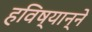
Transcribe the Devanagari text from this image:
हविष्यान्ने